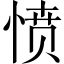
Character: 愤